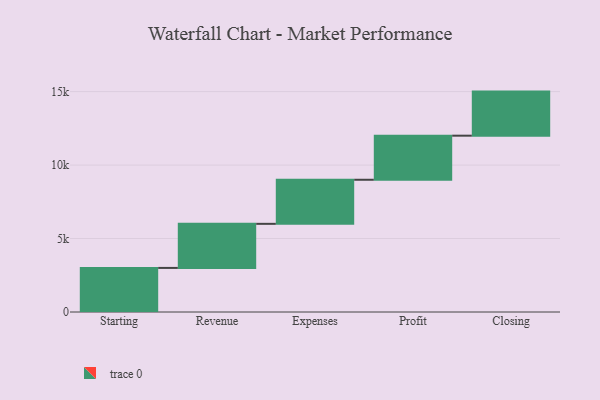
{"axis": {"x": "Step", "y": "Value"}, "legend": [""], "data": [{"x": "Starting", "y": 3000, "type": ""}, {"x": "Revenue", "y": 3000, "type": ""}, {"x": "Expenses", "y": 3000, "type": ""}, {"x": "Profit", "y": 3000, "type": ""}, {"x": "Closing", "y": 3000, "type": ""}]}